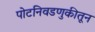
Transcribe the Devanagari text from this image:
पोटनिवडणुकीतून